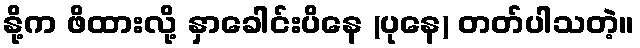
နို့က ဖိထားလို့ နှာခေါင်းပိနေ (ပုနေ) တတ်ပါသတဲ့။